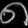
Digit: ၈